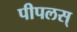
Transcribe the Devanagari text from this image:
पीपलस्